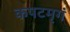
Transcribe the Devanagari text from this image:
कपटमृगं